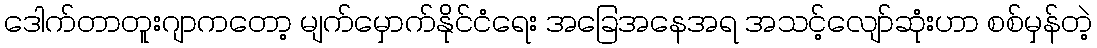
ဒေါက်တာတူးဂျာကတော့ မျက်မှောက်နိုင်ငံရေး အခြေအနေအရ အသင့်လျော်ဆုံးဟာ စစ်မှန်တဲ့